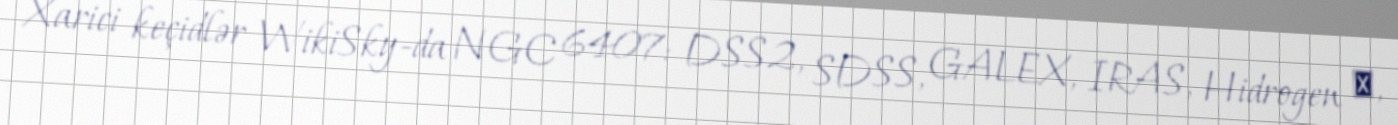
Xarici keçidlər WikiSky-da NGC 6407: DSS2, SDSS, GALEX, IRAS, Hidrogen α,